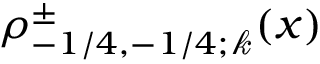
\rho _ { - 1 / 4 , - 1 / 4 ; \mathscr { k } } ^ { \pm } ( x )